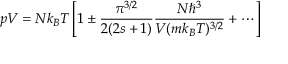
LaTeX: p V = N k _ { B } T \left[ 1 \pm { \frac { \pi ^ { 3 / 2 } } { 2 ( 2 s + 1 ) } } { \frac { N \hbar ^ { 3 } } { V ( m k _ { B } T ) ^ { 3 / 2 } } } + \cdots \right]